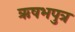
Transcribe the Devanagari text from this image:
ऋषभपुत्र